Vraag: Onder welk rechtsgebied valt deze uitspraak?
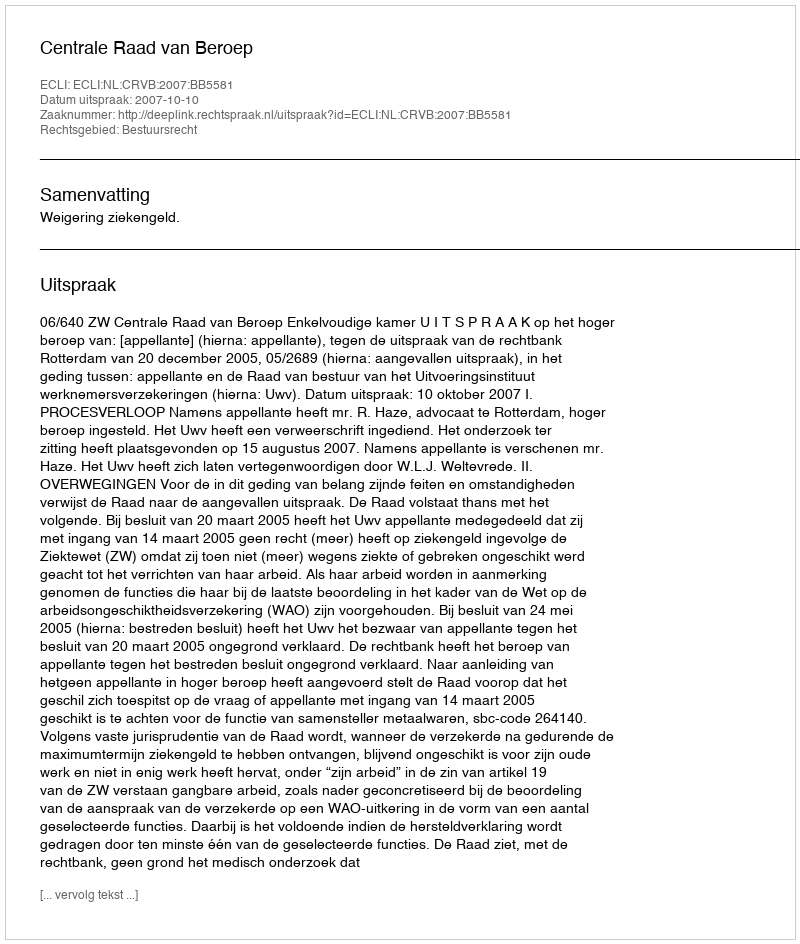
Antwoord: Bestuursrecht